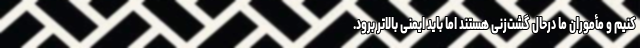
کنیم و مأموران ما درحال گشت‌زنی هستند اما باید ایمنی بالاتر برود.